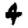
Digit: 4